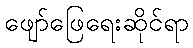
ဖျော်ဖြေရေးဆိုင်ရာ